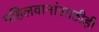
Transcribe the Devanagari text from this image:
पहिलवानांसाठीही